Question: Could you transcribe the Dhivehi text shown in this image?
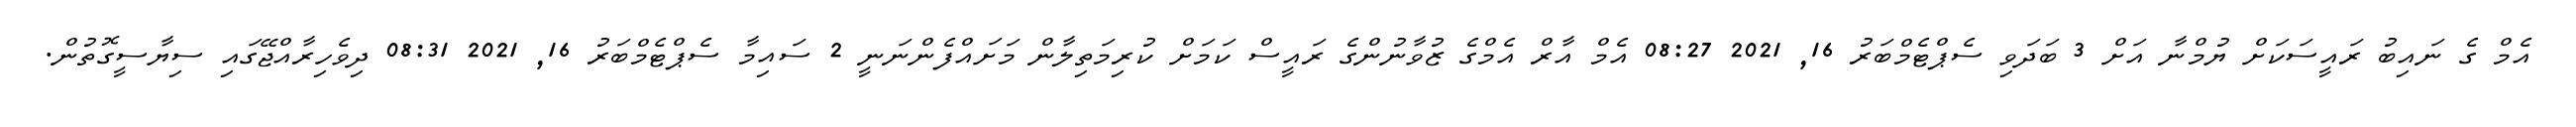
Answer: އެމް ގެ ނައިބު ރައީސަކަށް ޔުމްނާ އަށް 3 ބަދަވި ސެޕްޓެމްބަރު 16, 2021 08:27 އެމް އާރް އެމްގެ ޒުވާނުންގެ ރައީސް ކަމަށް ކުރިމަތިލާން މަށައްފެންނަނީ 2 ސައިމާ ސެޕްޓެމްބަރު 16, 2021 08:31 ދިވެހިރާއްޖޭގައި ސިޔާސީގޮތުން.